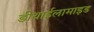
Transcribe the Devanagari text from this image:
डीथाईलामाइड